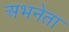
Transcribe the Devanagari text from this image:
अभनेता